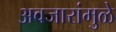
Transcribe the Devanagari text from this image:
अवजारांमुळे